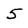
Character: 5